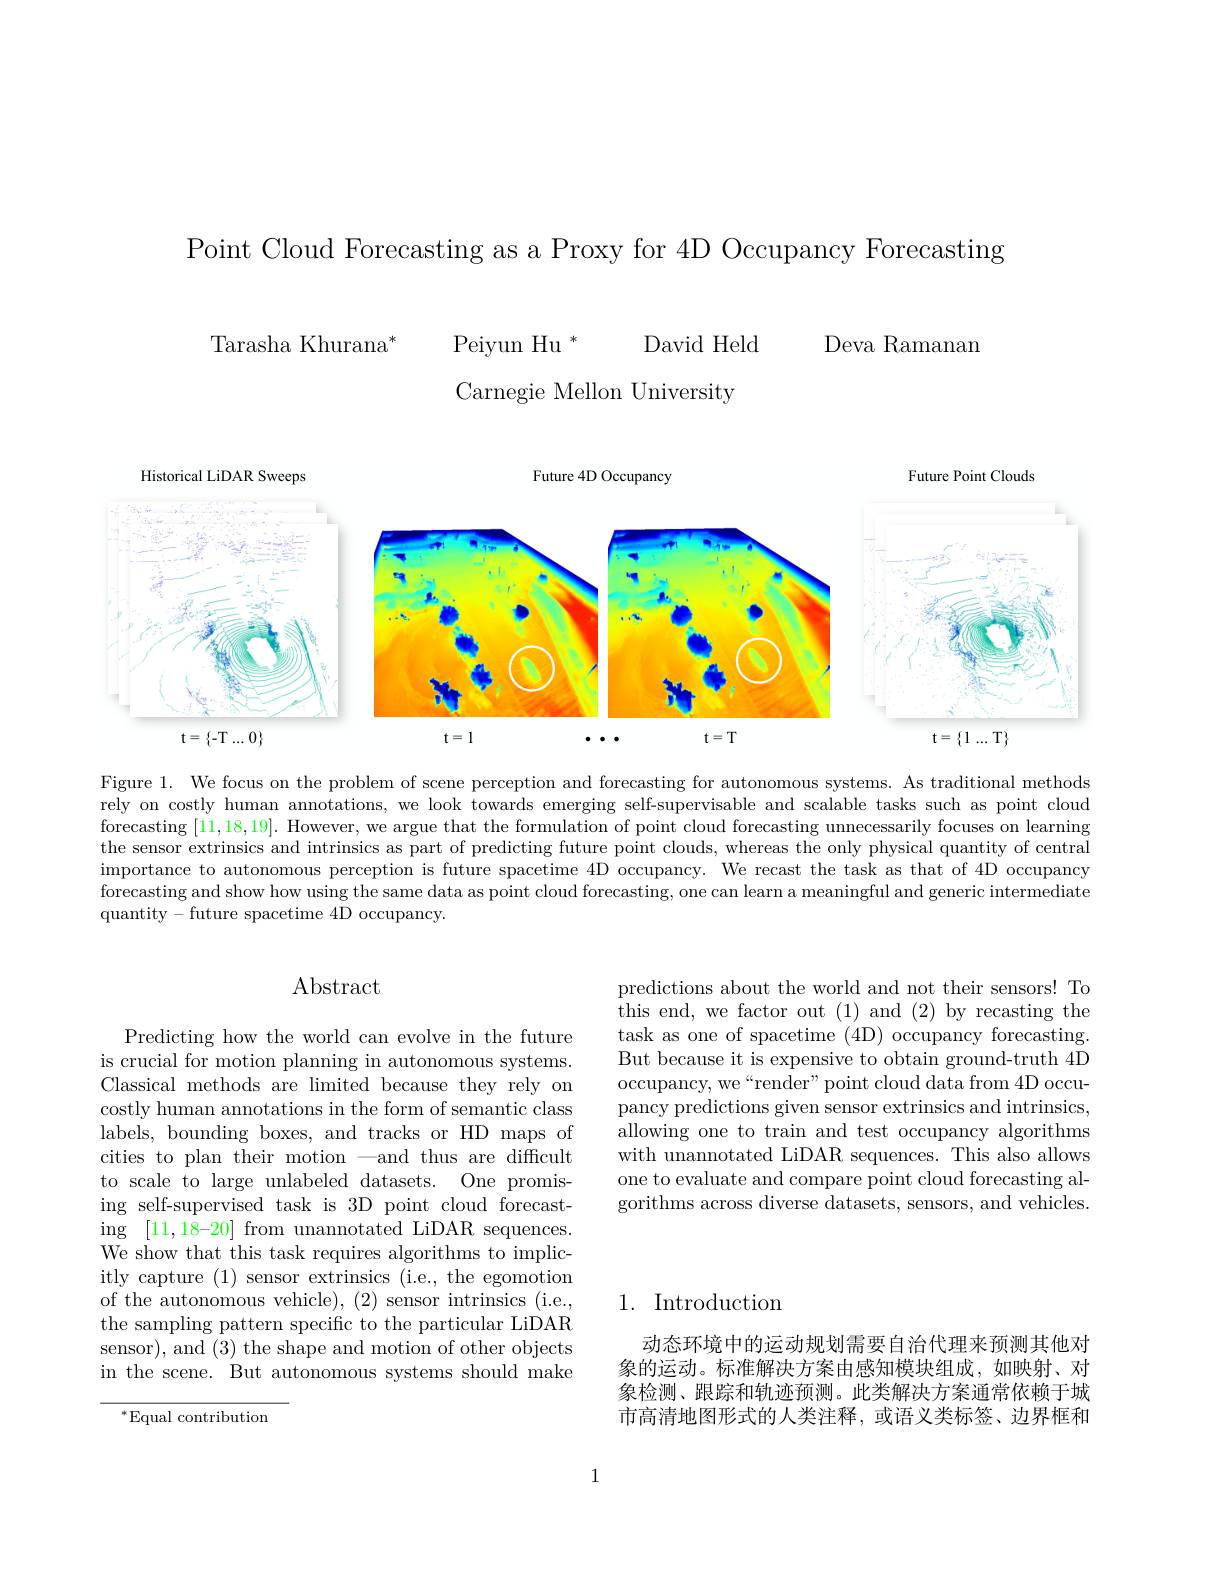
Point Cloud Forecasting as a Proxy for 4D Occupancy Forecasting

Deva Ramanan

Tarasha Khurana$^*$
Peiyun Hu $^*$
David Held
Carnegie Mellon University

<FigureHere>

Figure 1. We focus on the problem of scene perception and forecasting for autonomous systems. As traditional methods rely on costly human annotations, we look towards emerging self-supervisable and scalable tasks such as point cloud forecasting [11,18,19]. However, we argue that the formulation of point cloud forecasting unnecessarily focuses on learning the sensor extrinsics and intrinsics as part of predicting future point clouds, whereas the only physical quantity of central importance to autonomous perception is future spacetime 4D occupancy. We recast the task as that of 4D occupancy forecasting and show how using the same data as point cloud forecasting, one can learn a meaningful and generic intermediate quantity - future spacetime 4D occupancy.

# $\operatorname{Abstract}$

Predicting how the world can evolve in the future is crucial for motion planning in autonomous systems. Classical methods are limited because they rely on costly human annotations in the form of semantic class labels, bounding boxes, and tracks or HD maps of cities to plan their motion —and thus are difficult to scale to large unlabeled datasets. One promising self-supervised task is 3D point cloud forecasting [11,18-20] from unannotated LiDAR sequences. We show that this task requires algorithms to implicitly capture (1) sensor extrinsics (i.e., the egomotion of the autonomous vehicle), (2) sensor intrinsics (i.e., the sampling pattern specific to the particular LiDAR sensor), and (3) the shape and motion of other objects in the scene. But autonomous systems should make

$^*$Equal contribution

predictions about the world and not their sensors! To this end, we factor out (1) and (2) by recasting the task as one of spacetime (4D) occupancy forecasting. But because it is expensive to obtain ground-truth 4D occupancy, we“render” point cloud data from 4D occupancy predictions given sensor extrinsics and intrinsics, allowing one to train and test occupancy algorithms with unannotated LiDAR sequences. This also allows one to evaluate and compare point cloud forecasting algorithms across diverse datasets, sensors, and vehicles.

## 1. Introduction

动态环境中的运动规划需要自治代理来预测其他对象的运动。标准解决方案由感知模块组成，如映射、对象检测、跟踪和轨迹预测。此类解决方案通常依赖于城市高清地图形式的人类注释，或语义类标签、边界框和